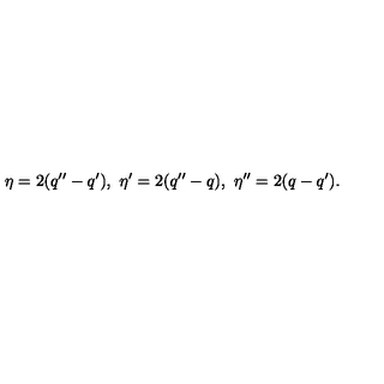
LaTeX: \eta = 2 ( q ^ { \prime \prime } - q ^ { \prime } ) , \ \eta ^ { \prime } = 2 ( q ^ { \prime \prime } - q ) , \ \eta ^ { \prime \prime } = 2 ( q - q ^ { \prime } ) .